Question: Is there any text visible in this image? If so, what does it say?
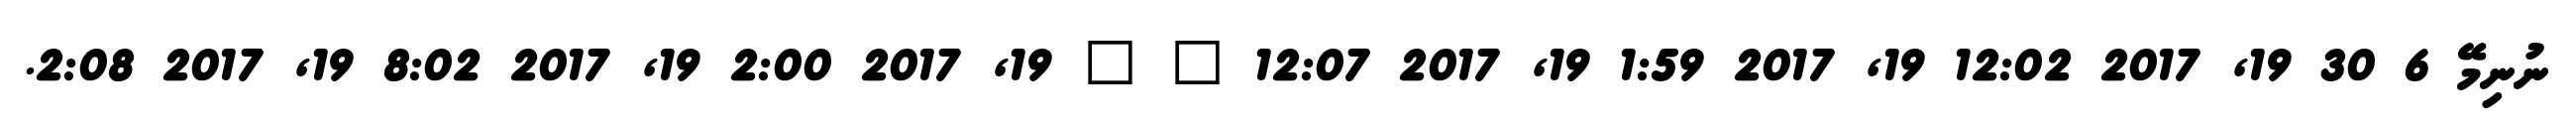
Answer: ނުނިމޭ 6 30 19, 2017 12:02 19, 2017 1:59 19, 2017 12:07 ? ? 19, 2017 2:00 19, 2017 8:02 19, 2017 2:08.